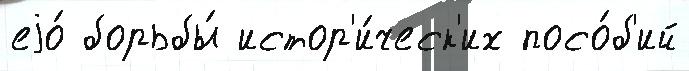
еjо́ борьбы́ истор'и́ческ'их посо́б'ий